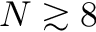
N \gtrsim 8